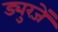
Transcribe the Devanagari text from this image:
ड्युरजें